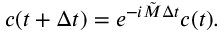
c ( t + \Delta t ) = e ^ { - i \tilde { M } \Delta t } c ( t ) .